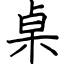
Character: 桌